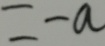
= - a